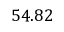
5 4 . 8 2